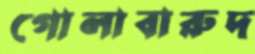
গোলাবারুদ